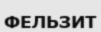
ФЕЛЬЗИТ